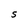
Character: S